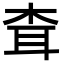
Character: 𦕂